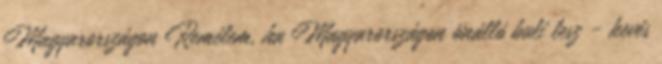
Magyarországon Remélem, ha Magyarországon önálló buli lesz - kevés